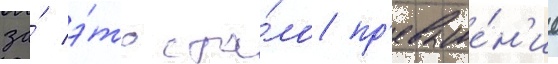
за́ э́то ста́ло пр'евыше́н'ие